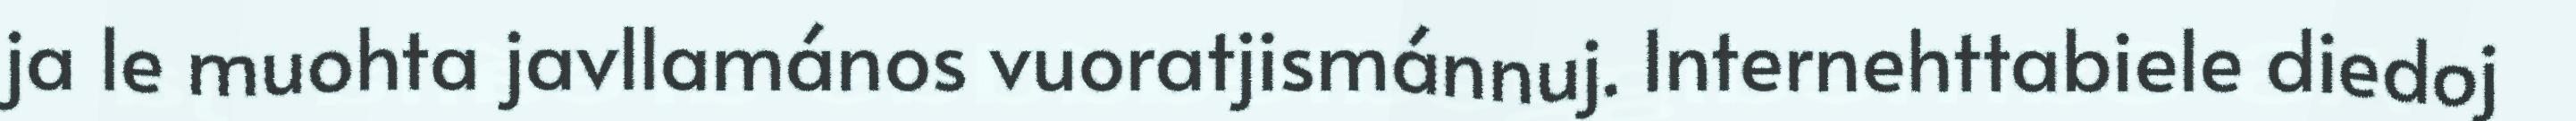
ja le muohta javllamános vuoratjismánnuj. Internehttabiele diedoj